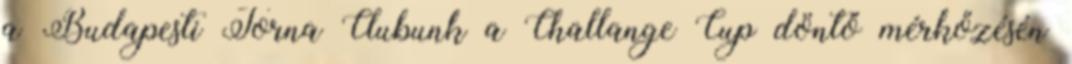
a Budapesti Torna Clubunk a Challange Cup döntő mérkőzésén